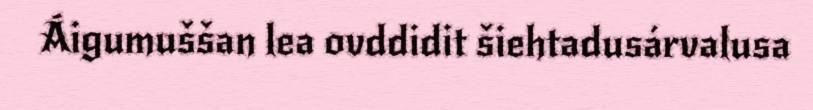
Áigumuššan lea ovddidit šiehtadusárvalusa